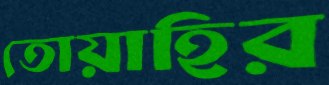
তোয়াহির